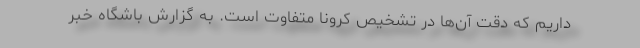
داریم که دقت آن‌ها در تشخیص کرونا متفاوت است. به گزارش باشگاه خبر